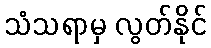
သံသရာမှ လွတ်နိုင်